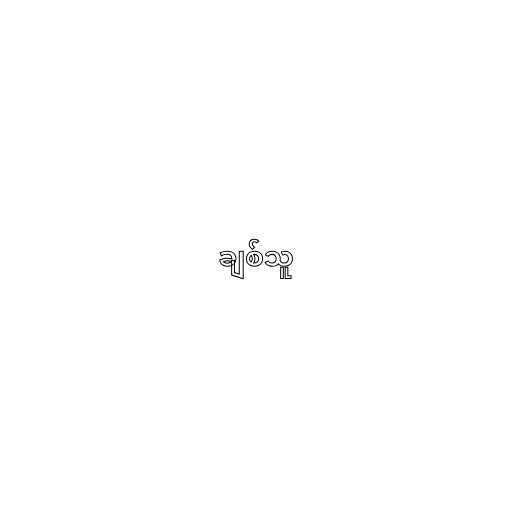
ချစ်သူ